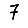
Digit: 7